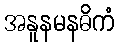
အနူနမနဓိကံ